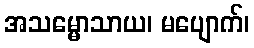
အသမ္မောသာယ၊ မပျောက်၊